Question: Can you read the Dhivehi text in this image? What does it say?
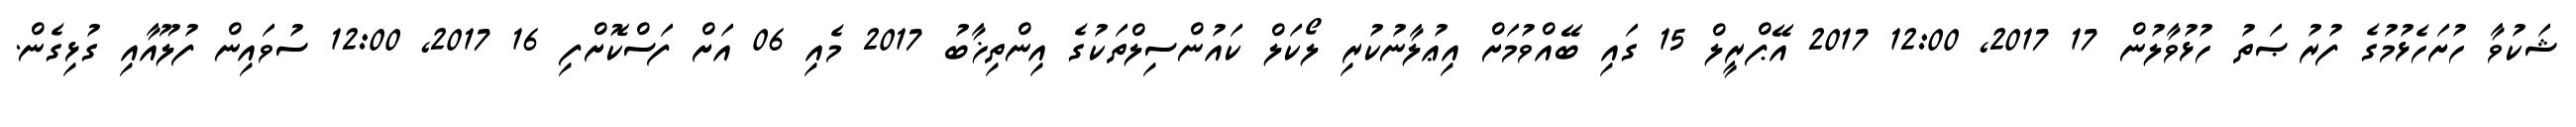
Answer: ޝަކުވާ ހުށަހެޅުމުގެ ފުރުޞަތު ހުޅުވާލުން 17 2017, 12:00 2017 އޭޕްރީލް 15 ގައި ބޭއްވުމަށް އިޢުލާނުކުރި ލޯކަލް ކައުންސިލްތަކުގެ އިންތިޚާބު 2017 މެއި 06 އަށް ފަސްކޮށްފި 16 2017, 12:00 ސުވައިން ފުލޫއާއި ގުޅިގެން.